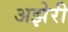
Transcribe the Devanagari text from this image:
अझेरी